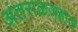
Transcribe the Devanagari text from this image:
अंतराळजहाज